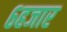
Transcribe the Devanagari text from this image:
६हजार